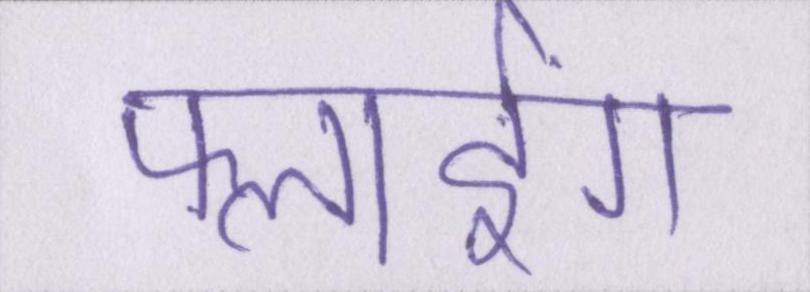
फ्लाईंग